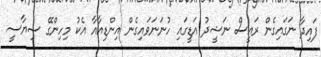
ފައިދާ ނަގައިގެން ރައީސް ނަޝީދު އަޑީގައި ހުނަނަވައިގެން އިންޑިއާއާ އެކު މިހިންގޭ ސިޔާސީ